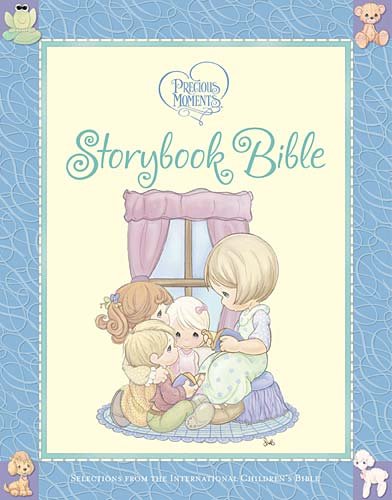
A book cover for Precious Moments Storybook Bible; Sam Butcher; Politics & Social Sciences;